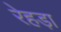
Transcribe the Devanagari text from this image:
रेहड़ा